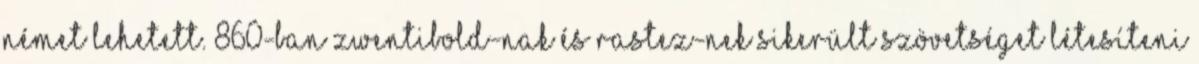
német lehetett. 860-ban Zwentibold-nak és Rastez-nek sikerült szövetséget létesíteni